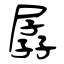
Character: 孱